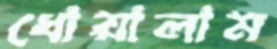
ধোয়ালাম